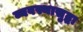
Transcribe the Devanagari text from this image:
व्यवस्थासुद्धा